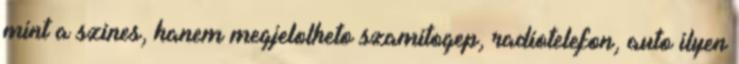
mint a szines, hanem megjelolheto szamitogep, radiotelefon, auto ilyen